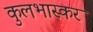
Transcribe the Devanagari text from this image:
कुलभास्कर